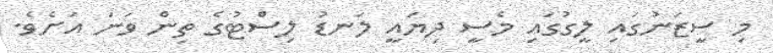
މި ސީޒަނުގައި ލީގުގައި މެސީ ދިޔައީ ލަނޑު ލިސްޓުގެ ތިން ވަަނަ އަށެވެ.